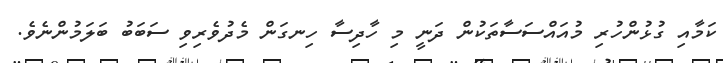
ކަމާއި ގުޅުންހުރި މުއައްސަސާތަކުން ދަނީ މި ހާދިސާ ހިނގަން މެދުވެރިވި ސަބަބު ބަލަމުންނެވެ.